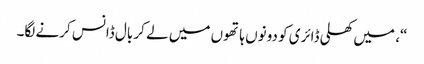
“، میں کھلی ڈائری کو دونوں ہاتھوں میں لے کر بال ڈانس کرنے لگا۔